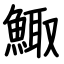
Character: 鯫